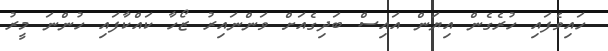
ހައިވެފައި ހުރެގެން އިޔަން އައިސް ބަދިގެއަށް ވަންނައިރު ޒޯހާ ކައްކާފައި ހުންނަ މީރު